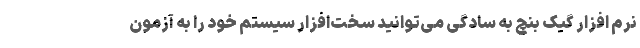
نرم افزار گیک بنچ به سادگی می‌توانید سخت‌افزار سیستم خود را به آزمون